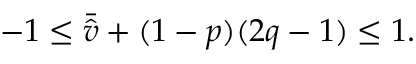
- 1 \leq \bar { \hat { v } } + ( 1 - p ) ( 2 q - 1 ) \leq 1 .